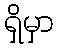
ရှိမှာ